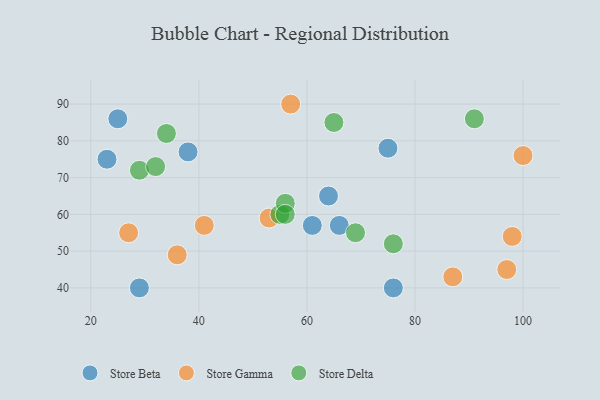
{"axis": {"x": "GDP", "y": "Life Expectancy"}, "legend": ["Store Beta", "Store Delta", "Store Gamma"], "data": [{"x": "29", "y": 40, "type": "Store Beta"}, {"x": "64", "y": 65, "type": "Store Beta"}, {"x": "25", "y": 86, "type": "Store Beta"}, {"x": "23", "y": 75, "type": "Store Beta"}, {"x": "76", "y": 40, "type": "Store Beta"}, {"x": "38", "y": 77, "type": "Store Beta"}, {"x": "66", "y": 57, "type": "Store Beta"}, {"x": "75", "y": 78, "type": "Store Beta"}, {"x": "61", "y": 57, "type": "Store Beta"}, {"x": "57", "y": 90, "type": "Store Gamma"}, {"x": "27", "y": 55, "type": "Store Gamma"}, {"x": "97", "y": 45, "type": "Store Gamma"}, {"x": "100", "y": 76, "type": "Store Gamma"}, {"x": "53", "y": 59, "type": "Store Gamma"}, {"x": "98", "y": 54, "type": "Store Gamma"}, {"x": "87", "y": 43, "type": "Store Gamma"}, {"x": "36", "y": 49, "type": "Store Gamma"}, {"x": "41", "y": 57, "type": "Store Gamma"}, {"x": "69", "y": 55, "type": "Store Delta"}, {"x": "55", "y": 60, "type": "Store Delta"}, {"x": "34", "y": 82, "type": "Store Delta"}, {"x": "65", "y": 85, "type": "Store Delta"}, {"x": "91", "y": 86, "type": "Store Delta"}, {"x": "29", "y": 72, "type": "Store Delta"}, {"x": "56", "y": 63, "type": "Store Delta"}, {"x": "76", "y": 52, "type": "Store Delta"}, {"x": "32", "y": 73, "type": "Store Delta"}, {"x": "56", "y": 60, "type": "Store Delta"}]}